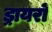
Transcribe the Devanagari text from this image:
ड्रायरों